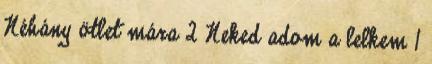
Néhány ötlet mára 2 Neked adom a lelkem 1